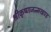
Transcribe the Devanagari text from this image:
श्रीकृष्णजन्मखण्ड